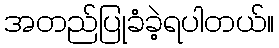
အတည်ပြုခံခဲ့ရပါတယ်။